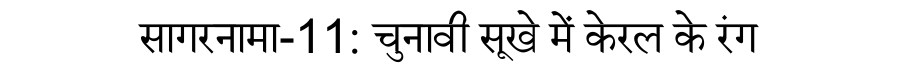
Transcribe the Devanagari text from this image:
सागरनामा-11: चुनावी सूखे में केरल के रंग